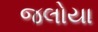
જલોયા